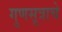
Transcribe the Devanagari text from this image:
गुणसूत्राचे